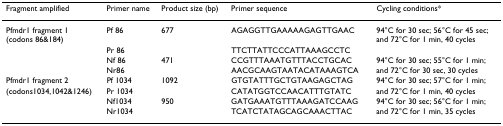
<table><thead><tr><td><b>Fragment amplified</b></td><td><b>Primer name</b></td><td><b>Product size (bp)</b></td><td><b>Primer sequence</b></td><td><b>Cycling conditions*</b></td></tr></thead><tbody><tr><td>Pfmdr1 fragment 1(codons 86&amp;184)</td><td>Pf 86</td><td>677</td><td>AGAGGTTGAAAAAGAGTTGAAC</td><td>94°C for 30 sec; 56°C for 45 sec;and 72°C for 1 min, 40 cycles</td></tr><tr><td></td><td>Pr 86</td><td></td><td>TTCTTATTCCCATTAAAGCCTC</td><td></td></tr><tr><td></td><td>Nf 86</td><td>471</td><td>CCGTTTAAATGTTTACCTGCAC</td><td>94°C for 30 sec; 55°C for 1 min;</td></tr><tr><td></td><td>Nr86</td><td></td><td>AACGCAAGTAATACATAAAGTCA</td><td>and 72°C for 30 sec, 30 cycles</td></tr><tr><td>Pfmdr1 fragment 2</td><td>Pf 1034</td><td>1092</td><td>GTGTATTTGCTGTAAGAGCTAG</td><td>94°C for 30 sec; 57°C for 1 min;</td></tr><tr><td>(codons1034,1042&amp;1246)</td><td>Pr 1034</td><td></td><td>CATATGGTCCAACATTTGTATC</td><td>and 72°C for 1 min, 40 cycles</td></tr><tr><td></td><td>Nf1034</td><td>950</td><td>GATGAAATGTTTAAAGATCCAAG</td><td>94°C for 30 sec; 56°C for 1 min;</td></tr><tr><td></td><td>Nr1034</td><td></td><td>TCATCTATAGCAGCAAACTTAC</td><td>and 72°C for 1 min, 35 cycles</td></tr></tbody></table>